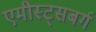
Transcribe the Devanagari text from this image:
एमीस्ट्सबर्ग